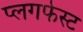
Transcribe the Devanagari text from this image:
प्लगफेस्ट